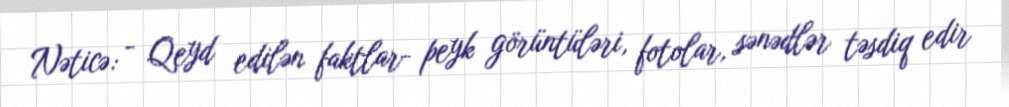
Nəticə: - Qeyd edilən faktlar- peyk görüntüləri, fotolar, sənədlər təsdiq edir